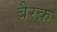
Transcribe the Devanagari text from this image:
बैरक़